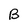
Character: B